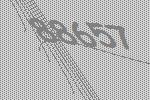
88657